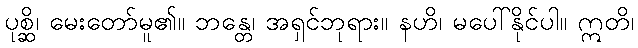
ပုစ္ဆိ၊ မေးတော်မူ၏။ ဘန္တေ၊ အရှင်ဘုရား။ နဟိ၊ မပေါ်နိုင်ပါ။ ဣတိ၊